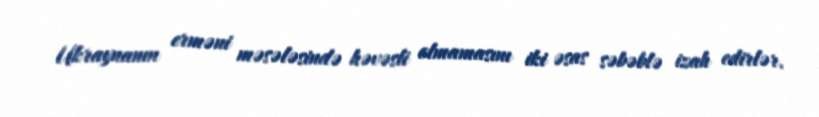
Ukraynanın erməni məsələsində həvəsli olmamasını iki əsas səbəblə izah edirlər.